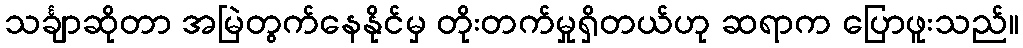
သင်္ချာဆိုတာ အမြဲတွက်နေနိုင်မှ တိုးတက်မှုရှိတယ်ဟု ဆရာက ပြောဖူးသည်။